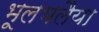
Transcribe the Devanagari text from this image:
भूलभलैया